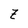
Character: Z